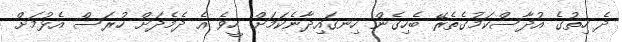
ދެ ހިތުގެ އުދާސްކަމުގެތެރޭ ބެހިގެން ހިނގައިދާނެކަމަށް ހީވެ އެ ދެމެދަށް ހުރަސް އެޅުމަށް